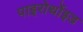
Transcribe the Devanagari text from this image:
पाइरोर्थोइड